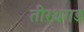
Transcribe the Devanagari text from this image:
तीरथगड